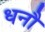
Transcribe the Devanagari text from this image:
धनौ